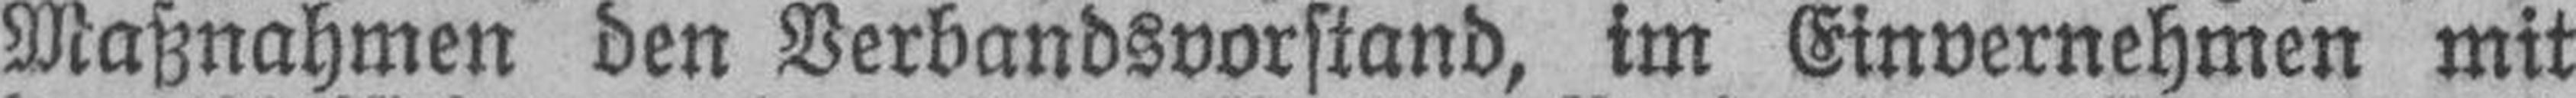
Maßnahmen den Verbandsvorstand, im Einvernehmen mit